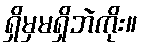
ရှိမှမရှိဘဲကိုး။